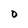
Character: O